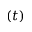
( t )